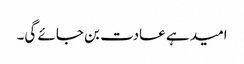
امید ہے عادت بن جائے گی۔